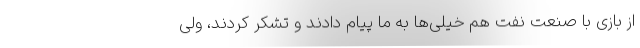
از بازی با صنعت نفت هم خیلی‌ها به ما پیام دادند و تشکر کردند، ولی